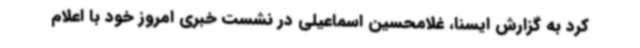
کرد به گزارش ایسنا، غلامحسین اسماعیلی در نشست خبری امروز خود با اعلام